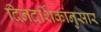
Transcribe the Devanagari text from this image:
दिनदर्शिकांनुसार